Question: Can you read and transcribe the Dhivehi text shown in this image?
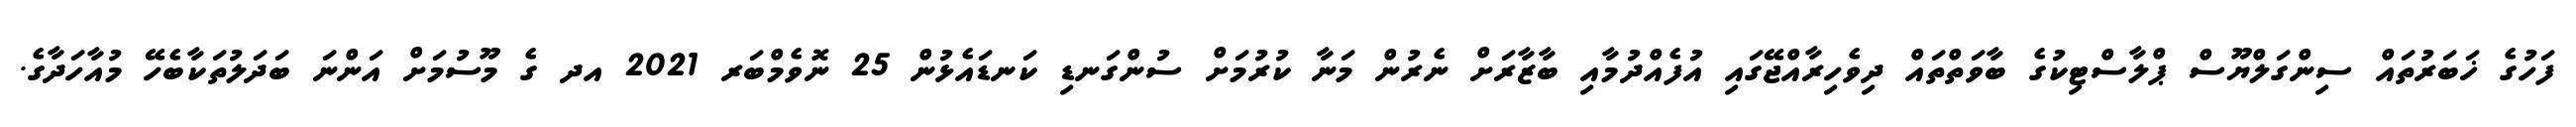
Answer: ފަހުގެ ޚަބަރުތައް ސިންގަލްޔޫސް ޕްލާސްޓިކުގެ ބާވަތްތައް ދިވެހިރާއްޖޭގައި އުފެއްދުމާއި ބާޒާރަށް ނެރުން މަނާ ކުރުމަށް ސުންގަނޑި ކަނޑައެޅުން 25 ނޮވެމްބަރ 2021 އދ ގެ މޫސުމަށް އަންނަ ބަދަލުތަކާބެހޭ މުއާހަދާގެ.